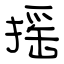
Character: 揺